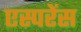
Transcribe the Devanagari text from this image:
एस्परेंस